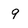
Character: 9